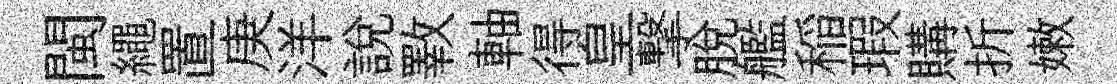
閩繩置庚洋説斁軸得皇撃脱艦稲瑕購折嫩